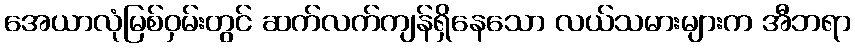
အေယာလုံမြစ်ဝှမ်းတွင် ဆက်လက်ကျန်ရှိနေသော လယ်သမားများက အီဘရာ